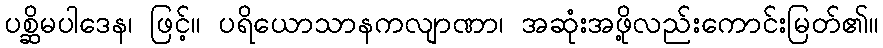
ပစ္ဆိမပါဒေန၊ ဖြင့်။ ပရိယောသာနကလျာဏာ၊ အဆုံးအဖို့လည်းကောင်းမြတ်၏။